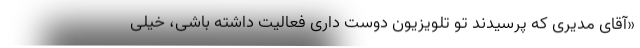
«آقای مدیری که پرسیدند تو تلویزیون دوست داری فعالیت داشته باشی، خیلی